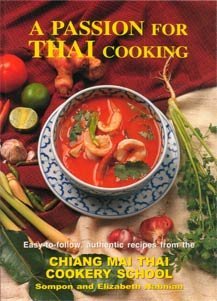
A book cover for A Passion for Thai Cooking; Sompon & Elizabeth Nabnian; Cookbooks, Food & Wine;